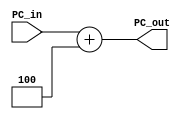
module PC_Adder (
	input [31:0]PC_in,
	output [31:0]PC_out	
);

assign PC_out = PC_in + 32'd4;

endmodule